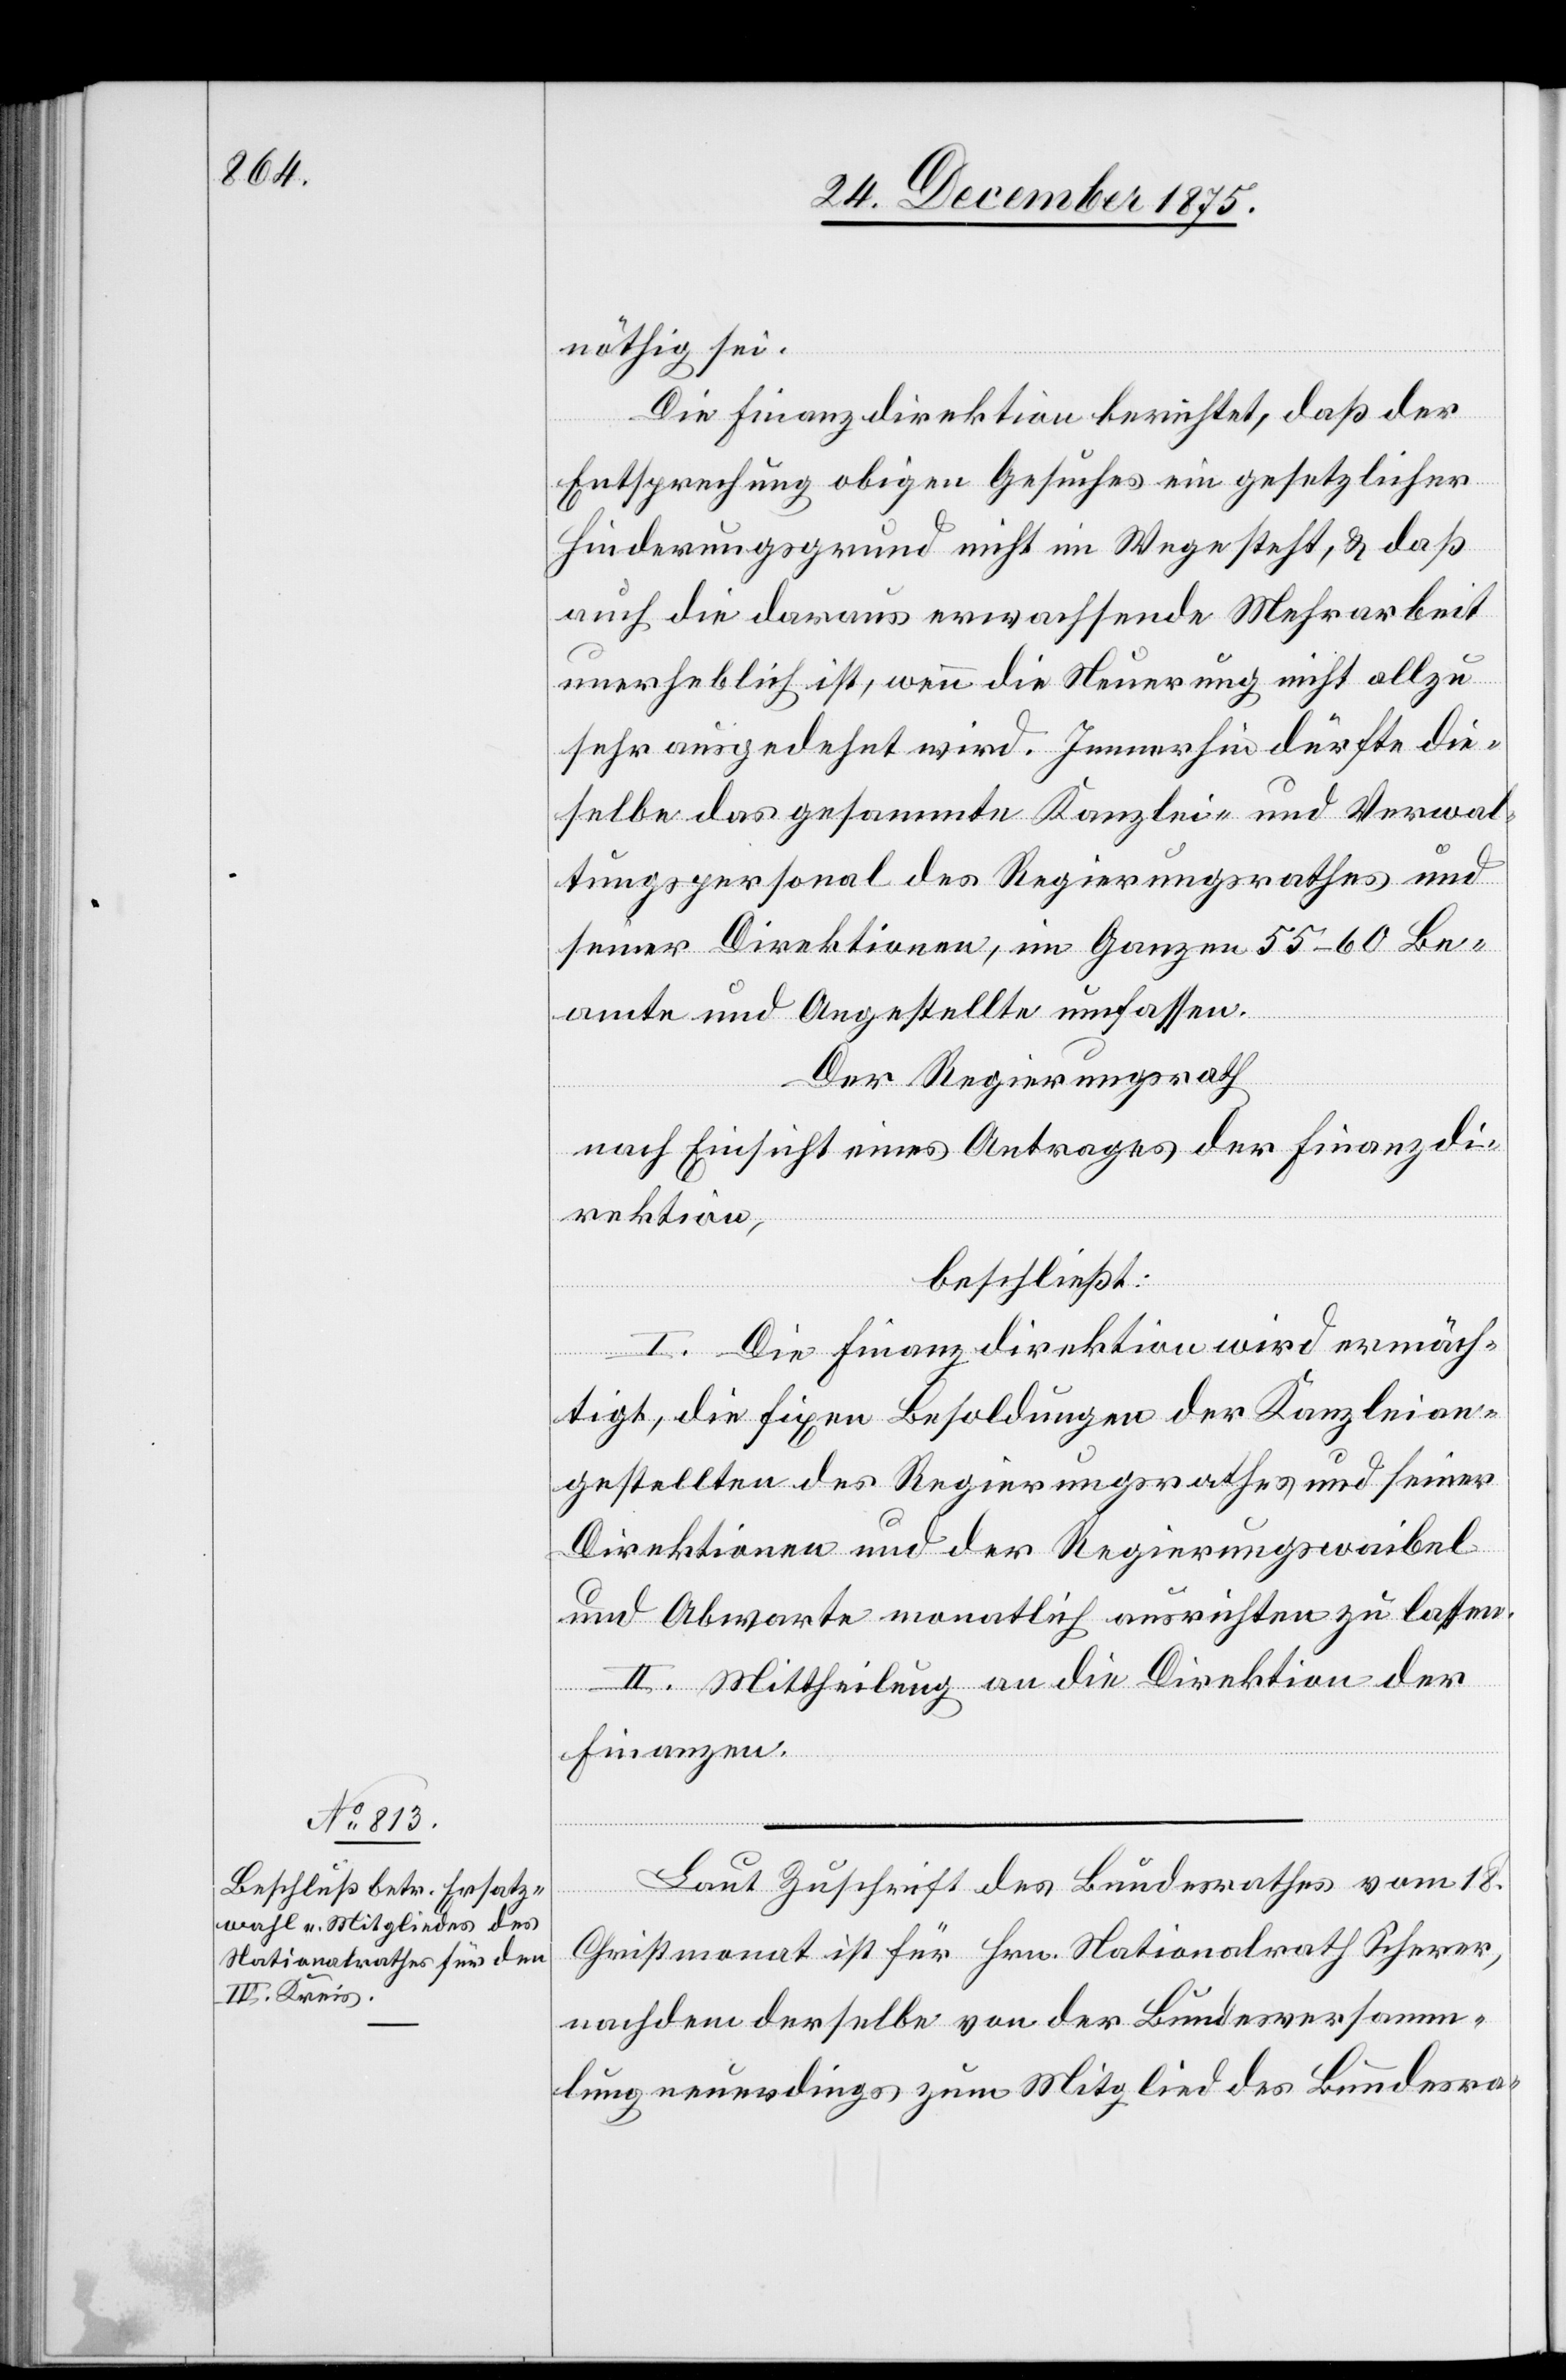
nöthig sei.
Die Finanzdirektion berichtet, daß der
Entsprechung obigen Gesuches ein gesetzlicher
Hinderungsgrund nicht im Wege steht, & daß
auch die daraus erwachsende Mehrarbeit
unerheblich ist, wenn die Neuerung nicht allzu
sehr ausgedehnt wird. Immerhin dürfe die¬
selbe das gesammte Kanzlei- und Verwal¬
tungspersonal des Regierungsrathes und
seiner Direktionen, im Ganzen 55–60 Be¬
amte und Angestellte umfassen.
Der Regierungsrath,
nach Einsicht eines Antrages der Finanzdi¬
rektion,
beschließt:
I. Die Finanzdirektion wird ermäch¬
tigt, die fixen Besoldungen der Kanzleian¬
gestellten des Regierungsrathes und seiner
Direktionen und der Regierungswaibel
und Abwarte monatlich ausrichten zu lassen.
II. Mittheilung an die Direktion der
Finanzen.
Laut Zuschrift des Bundesrathes vom 18.
Christmonat ist für Hrn. Nationalrath Scherer,
nachdem derselbe von der Bundesversamm¬
lung neuerdings zum Mitglied des Bundesra-